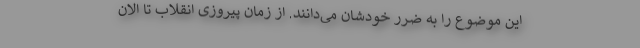
این موضوع را به ضرر خودشان می‌دانند. از زمان پیروزی انقلاب تا الان